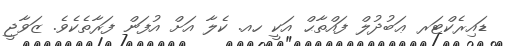
ޑައިރެކްޓަރ ޢަބުދުލް ފައްތާޙް އަކީ ހއ. ކެލާ އަށް އުފަން ފަރާތެކެވެ. ޒަވާޖީ